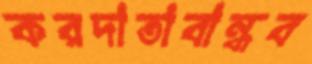
করদাতাবান্ধব